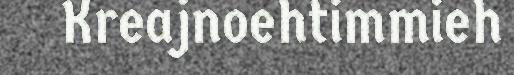
Kreajnoehtimmieh